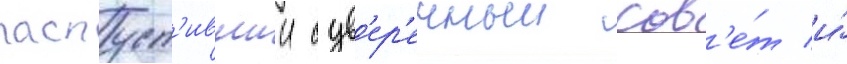
распуст'ившии сув'ер'енныи сов'е́т и́